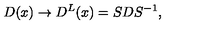
D ( x ) \rightarrow D ^ { L } ( x ) = S D S ^ { - 1 } ,